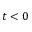
t < 0